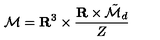
{ \cal M } = { \bf R } ^ { 3 } \times \frac { { \bf R } \times \tilde { \cal M } _ { d } } { Z }